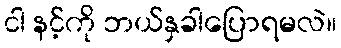
ငါ နင့်ကို ဘယ်နှခါပြောရမလဲ။